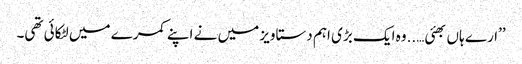
’’ارے ہاں بھئی…..وہ ایک بڑی اہم دستاویز میں نے اپنے کمرے میں لٹکائی تھی۔